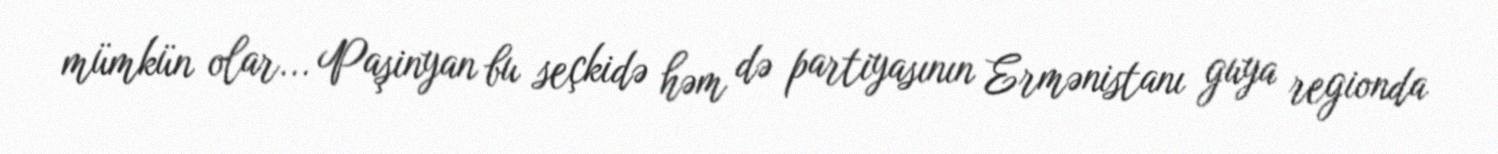
mümkün olar... Paşinyan bu seçkidə həm də partiyasının Ermənistanı guya regionda